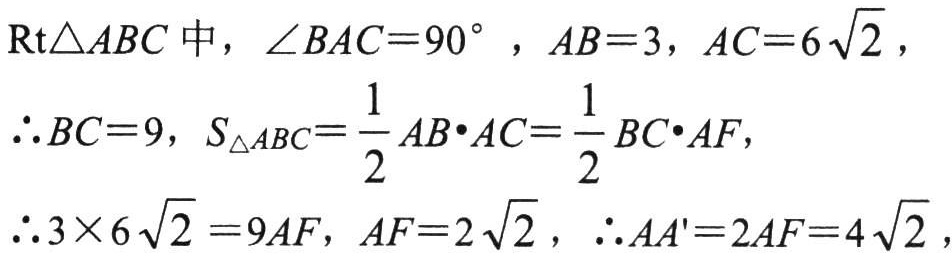
\(\text{Rt}\triangle ABC\)中，\(\angle BAC = 90^{\circ}\)，\(AB = 3\)，\(AC = 6\sqrt{2}\)，
\(\therefore BC = 9\)，\(S_{\triangle ABC}=\dfrac{1}{2}AB\cdot AC=\dfrac{1}{2}BC\cdot AF\)，
\(\therefore 3\times 6\sqrt{2}=9AF\)，\(AF = 2\sqrt{2}\)，\(\therefore AA' = 2AF = 4\sqrt{2}\)，